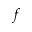
f